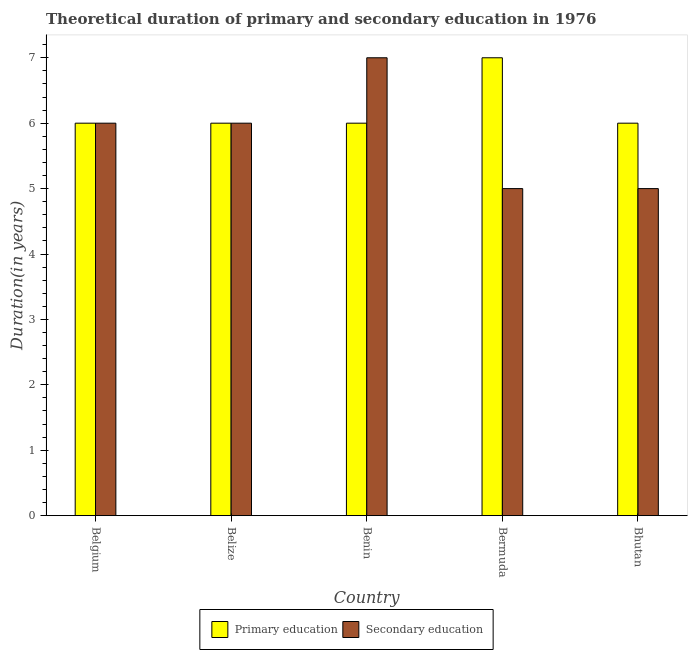
| Country | Primary education | Secondary education |
 | --- | --- | --- |
 | Belgium | 6 | 6 |
 | Belize | 6 | 6 |
 | Benin | 6 | 7 |
 | Bermuda | 7 | 5 |
 | Bhutan | 6 | 5 |